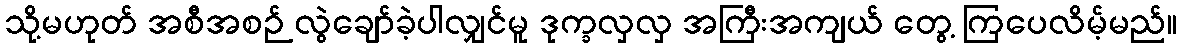
သို့မဟုတ် အစီအစဉ် လွဲချော်ခဲ့ပါလျှင်မူ ဒုက္ခလှလှ အကြီးအကျယ် တွေ့ ကြပေလိမ့်မည်။